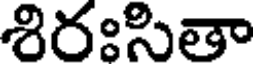
శిరఃసితా